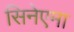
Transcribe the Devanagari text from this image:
सिनेएमा